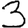
Digit: 3